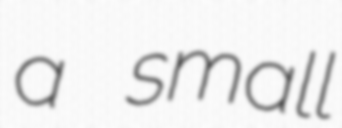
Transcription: a small